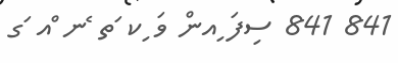
841 841 ސިފަ ިއން ވަ ިކ ަތ ެނ ްއ ަގ